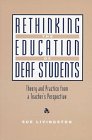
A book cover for Rethinking the Education of Deaf Students: Theory and Practice from a Teacher's Perspective; Sue Livingston; Reference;